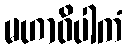
မဟာဝိပါကံ